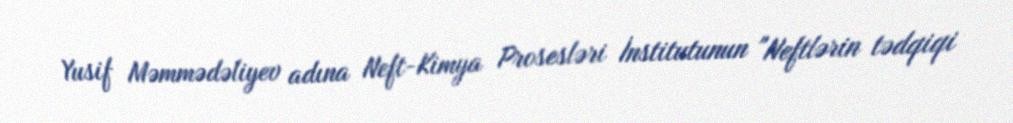
Yusif Məmmədəliyev adına Neft-Kimya Prosesləri İnstitutunun "Neftlərin tədqiqi